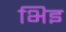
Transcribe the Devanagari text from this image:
भिइ